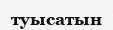
туысатын